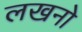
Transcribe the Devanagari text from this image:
लखनो